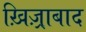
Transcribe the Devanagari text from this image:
ख़िज़्राबाद